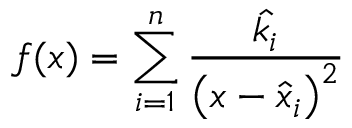
f ( \boldsymbol { x } ) = \sum _ { i = 1 } ^ { n } \frac { \hat { k _ { i } } } { \left( \boldsymbol { x } - \boldsymbol { \hat { x } _ { i } } \right) ^ { 2 } }